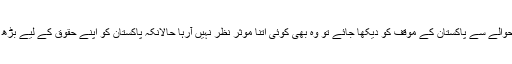
پھر سندھ طاس معاہدے کے حوالے سے پاکستان کے موقف کو دیکھا جائے تو وہ بھی کوئی اتنا موثر نظر نہیں آرہا حالانکہ پاکستان کو اپنے حقوق کے لیے بڑھ چڑھ کر حصہ لینا چاہیے تھا۔